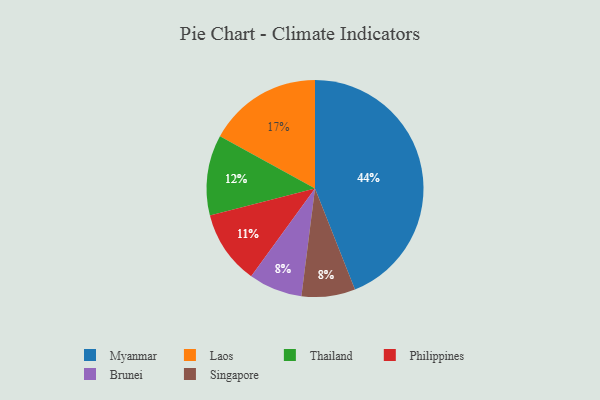
{"axis": {"x": "Category", "y": "Percentage"}, "legend": ["Brunei", "Laos", "Myanmar", "Philippines", "Singapore", "Thailand"], "data": [{"x": "Philippines", "y": 11, "type": "Philippines"}, {"x": "Brunei", "y": 8, "type": "Brunei"}, {"x": "Laos", "y": 17, "type": "Laos"}, {"x": "Myanmar", "y": 44, "type": "Myanmar"}, {"x": "Singapore", "y": 8, "type": "Singapore"}, {"x": "Thailand", "y": 12, "type": "Thailand"}]}